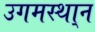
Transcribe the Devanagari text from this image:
उगमस्था्न